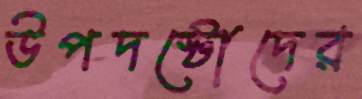
উপদষ্টোদের